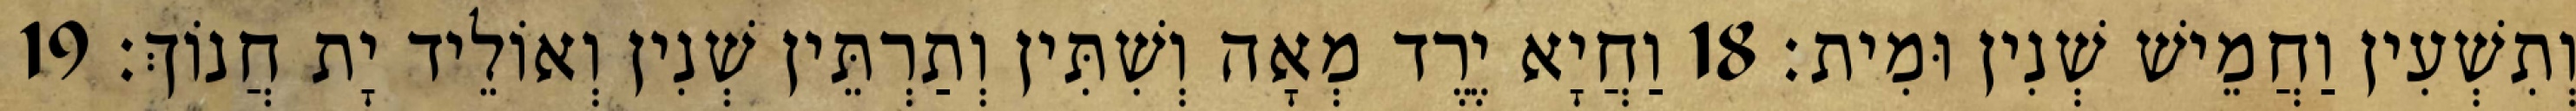
וְתִשְׁעִין וַחֲמֵישׁ שְׁנִין וּמִית׃ 18 וַחֲיָא יֶרֶד מְאָה וְשִׁתִּין וְתַרְתֵּין שְׁנִין וְאוֹלֵיד יָת חֲנוֹךְ׃ 19